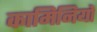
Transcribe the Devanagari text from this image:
कामिनियों